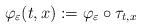
LaTeX: \begin{align*}\varphi _{\varepsilon }(t,x):=\varphi _{\varepsilon }\circ \tau_{t,x}\end{align*}